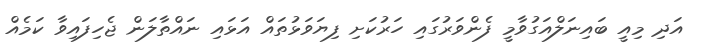
އަދި މިއީ ބައިނަލްއަގުވާމީ ފެންވަރުގައި ހަރުކަށި ފިޔަވަޅުތައް އަޅައި ނައްތާލަން ޖެހިފައިވާ ކަމެއް